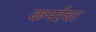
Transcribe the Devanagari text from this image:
कमरेचा